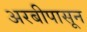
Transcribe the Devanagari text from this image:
अरबीपासून